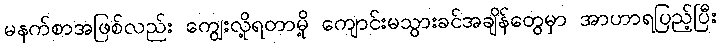
မနက်စာအဖြစ်လည်း ကျွေးလို့ရတာမို့ ကျောင်းမသွားခင်အချိန်တွေမှာ အာဟာရပြည့်ပြီး